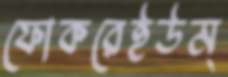
ফোকরেইউম্